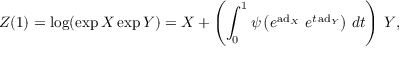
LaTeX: Z ( 1 ) = \log ( \exp X \exp Y ) = X + \left( \int _ { 0 } ^ { 1 } \psi \left( e ^ { \operatorname { a d } _ { X } } ~ e ^ { t \, { \mathrm { a d } } _ { Y } } \right) \, d t \right) \, Y ,